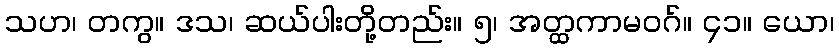
သဟ၊ တကွ။ ဒသ၊ ဆယ်ပါးတို့တည်း။ ၅၊ အတ္ထကာမဝဂ်။ ၄၁။ ယော၊